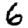
Digit: 6